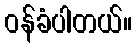
ဝန်ခံပါတယ်။